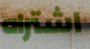
اشتراه